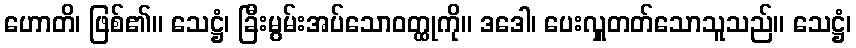
ဟောတိ၊ ဖြစ်၏။ သေဋ္ဌံ၊ ခြီးမွမ်းအပ်သောဝတ္ထုကို။ ဒဒေါ၊ ပေးလှူတတ်သောသူသည်။ သေဋ္ဌံ၊